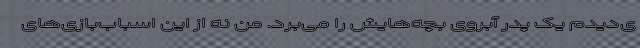
ی‌دیدم یک پدر آبروی بچه‌هایش را می‌برد. من نه از این اسباب‌بازی‌های